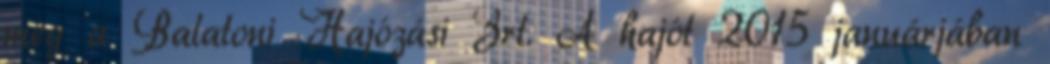
meg a Balatoni Hajózási Zrt. A hajót 2015 januárjában